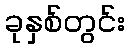
ခုနှစ်တွင်း